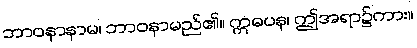
ဘာဝနာနာမ၊ ဘာဝနာမည်၏။ ဣဓပန၊ ဤအရာ၌ကား။